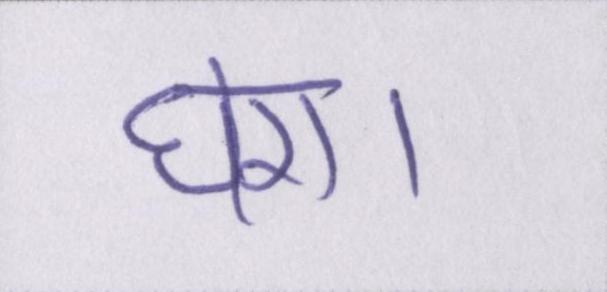
घेरा।